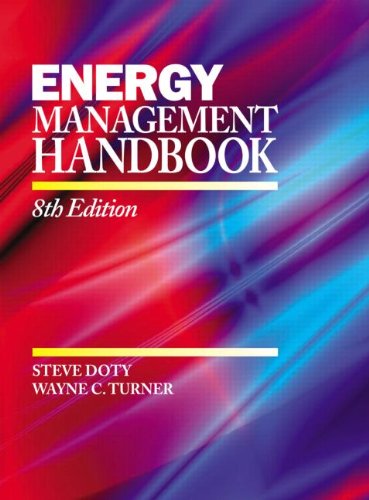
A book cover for Energy Management Handbook, Eighth Edition; Steve Doty; Engineering & Transportation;